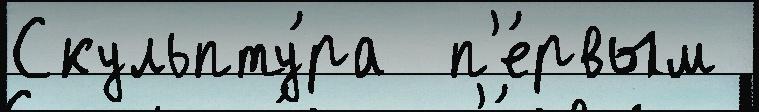
Скульпту́ра  п'е́рвым